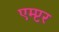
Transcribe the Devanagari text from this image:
एम्प्टर